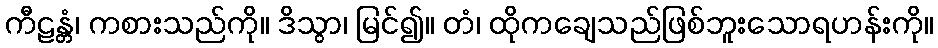
ကီဠန္တံ၊ ကစားသည်ကို။ ဒိသွာ၊ မြင်၍။ တံ၊ ထိုကချေသည်ဖြစ်ဘူးသောရဟန်းကို။